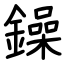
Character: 鐰